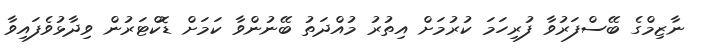
ނާޒިމްގެ ބޭސްފަރުވާ ފުރިހަމަ ކުރުމަށް އިތުރު މުއްދަތު ބޭނުންވާ ކަމަށް ޑޮކްޓަރުން ވިދާޅުވެފައިވާ